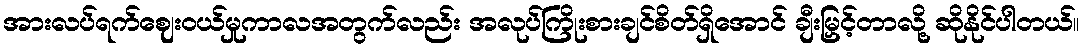
အားလပ်ရက်ဈေးဝယ်မှုကာလအတွက်လည်း အလုပ်ကြိုးစားချင်စိတ်ရှိအောင် ချီးမြှင့်တာလို့ ဆိုနိုင်ပါတယ်။